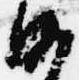
沙